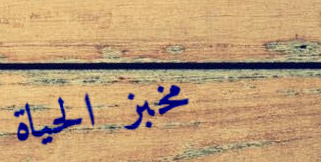
مخبز الحياة